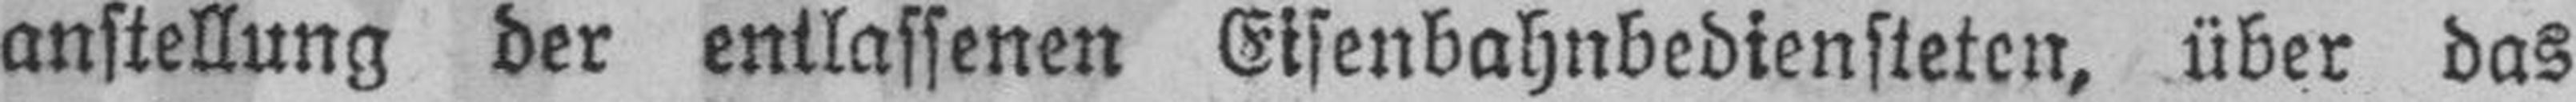
anstellung der entlassenen Eisenbahnbediensteten, über das